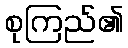
စုကြည်၏